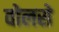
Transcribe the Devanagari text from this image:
वोलसे